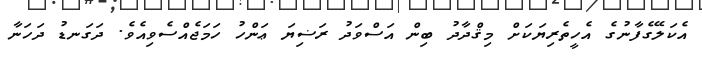
އެކަލޭގެފާނުގެ އެހީތެރިޔަކަށް މިޤްދާދު ބިން އަސްވަދު ރަޟިޔަ ޢަންހު ހަމަޖެއްސެވިއެވެ. ދަގަނޑު ދަހަނާ